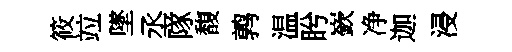
筱竝墜丞隊馥鹑温盻嶔净迦浸